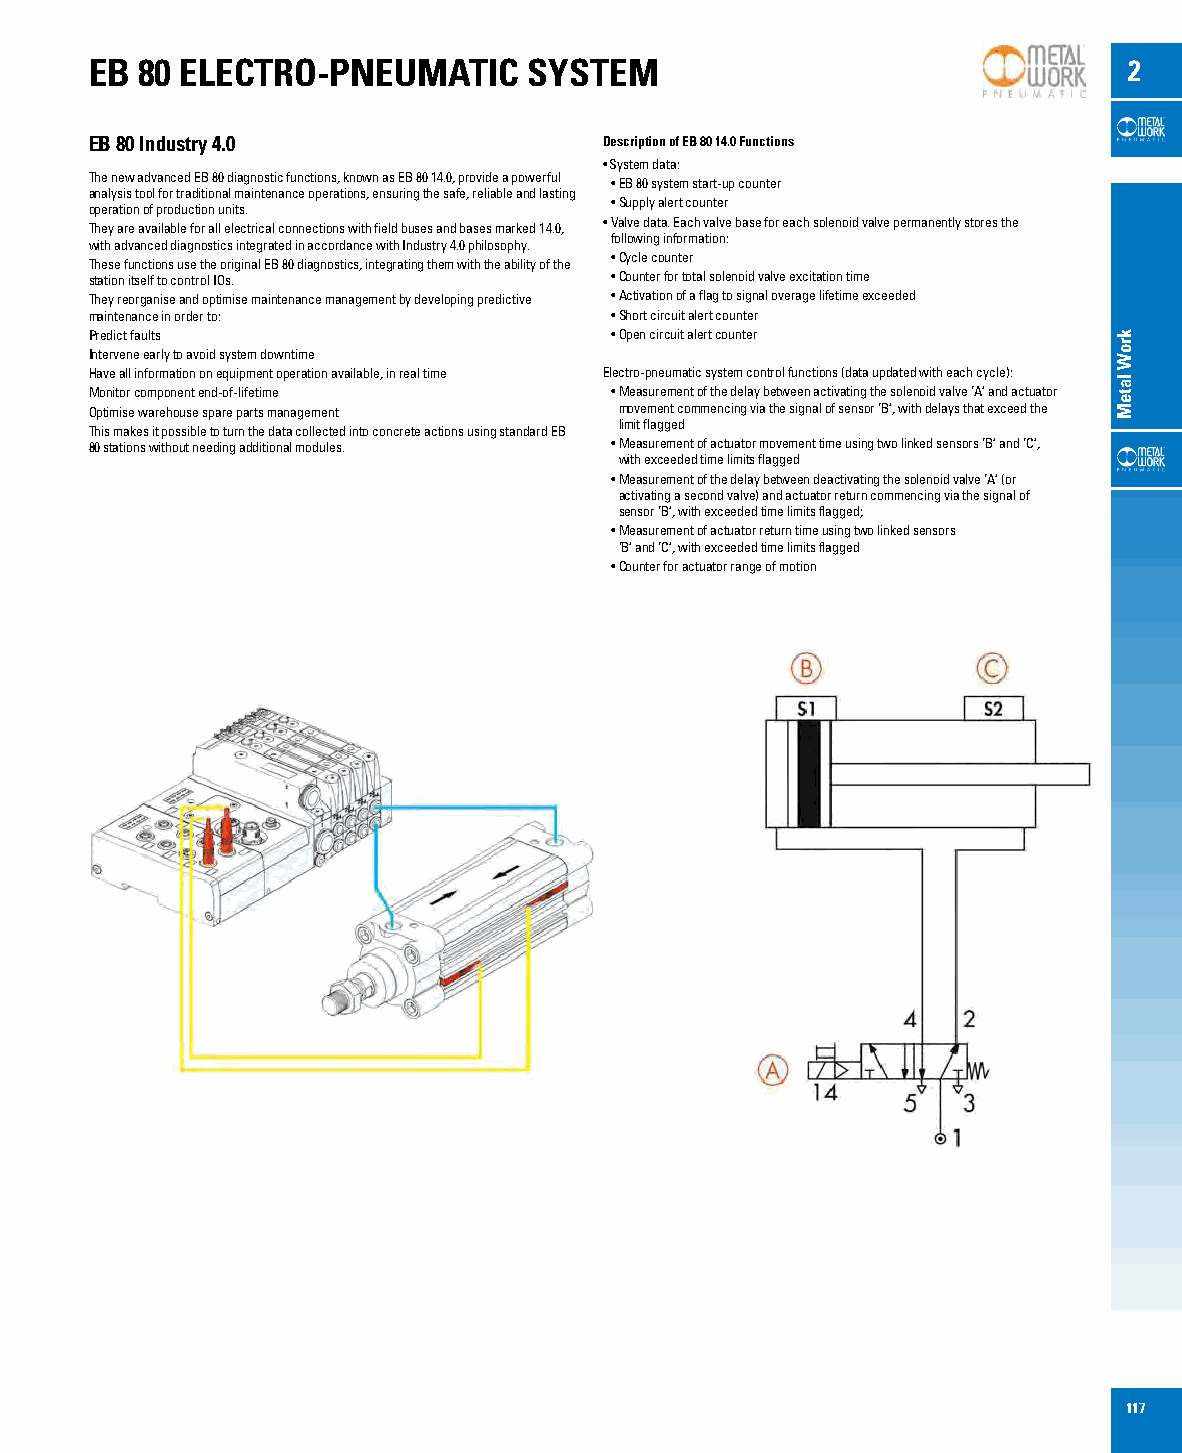
EB 80 ELECTRO-PNEUMATIC      SYSTEM                                  2
 EB 80 Industry 4.0                Description of EB 80 14.0 Functions
 • System data:
 The new advanced EB 80 diagnostic functions, known as EB 80 14.0, provide a powerful
 • EB 80 system start-up counter
 analysis tool for traditional maintenance operations, ensuring the safe, reliable and lasting
 • Supply alert counter
 operation of production units.
 • Valve data. Each valve base for each solenoid valve permanently stores the
 They are available for all electrical connections with field buses and bases marked 14.0,
 following information:
 with advanced diagnostics integrated in accordance with Industry 4.0 philosophy.
 • Cycle counter
 These functions use the original EB 80 diagnostics, integrating them with the ability of the
 station itself to control IOs.    • Counter for total solenoid valve excitation time
 They reorganise and optimise maintenance management by developing predictive • Activation of a flag to signal overage lifetime exceeded
 maintenance in order to:          • Short circuit alert counter
 Predict faults                    • Open circuit alert counter
 Intervene early to avoid system downtime
 Have all information on equipment operation available, in real time Electro-pneumatic system control functions (data updated with each cycle):
 Monitor component end-of-lifetime • Measurement of the delay between activating the solenoid valve ‘A’ and actuator
 Optimise warehouse spare parts management movement commencing via the signal of sensor ‘B’, with delays that exceed the
 limit flagged
 This makes it possible to turn the data collected into concrete actions using standard EB
 80 stations without needing additional modules. • Measurement of actuator movement time using two linked sensors ‘B’ and ‘C’,
 with exceeded time limits flagged
 • Measurement of the delay between deactivating the solenoid valve ‘A’ (or
 activating a second valve) and actuator return commencing via the signal of
 sensor ‘B’, with exceeded time limits flagged;
 • Measurement of actuator return time using two linked sensors
 ‘B’ and ‘C’, with exceeded time limits flagged
 • Counter for actuator range of motion
 117
 kroW
 lateM